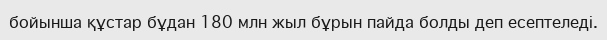
бойынша құстар бұдан 180 млн жыл бұрын пайда болды деп есептеледі.